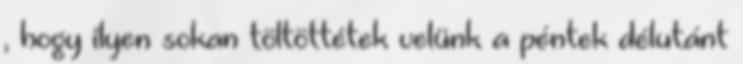
, hogy ilyen sokan töltöttétek velünk a péntek délutánt